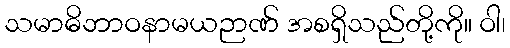
သမာဓိဘာဝနာမယဉာဏ် အစရှိသည်တို့ကို။ ဝါ၊